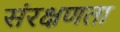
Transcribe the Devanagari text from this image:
संरक्षणता